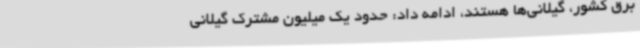
برق کشور، گیلانی‌ها هستند، ادامه داد: حدود یک میلیون مشترک گیلانی